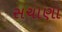
સચાણા